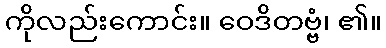
ကိုလည်းကောင်း။ ဝေဒိတဗ္ဗံ၊ ၏။